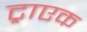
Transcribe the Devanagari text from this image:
ट्राएक